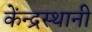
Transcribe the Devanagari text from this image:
केंन्द्रस्थानी